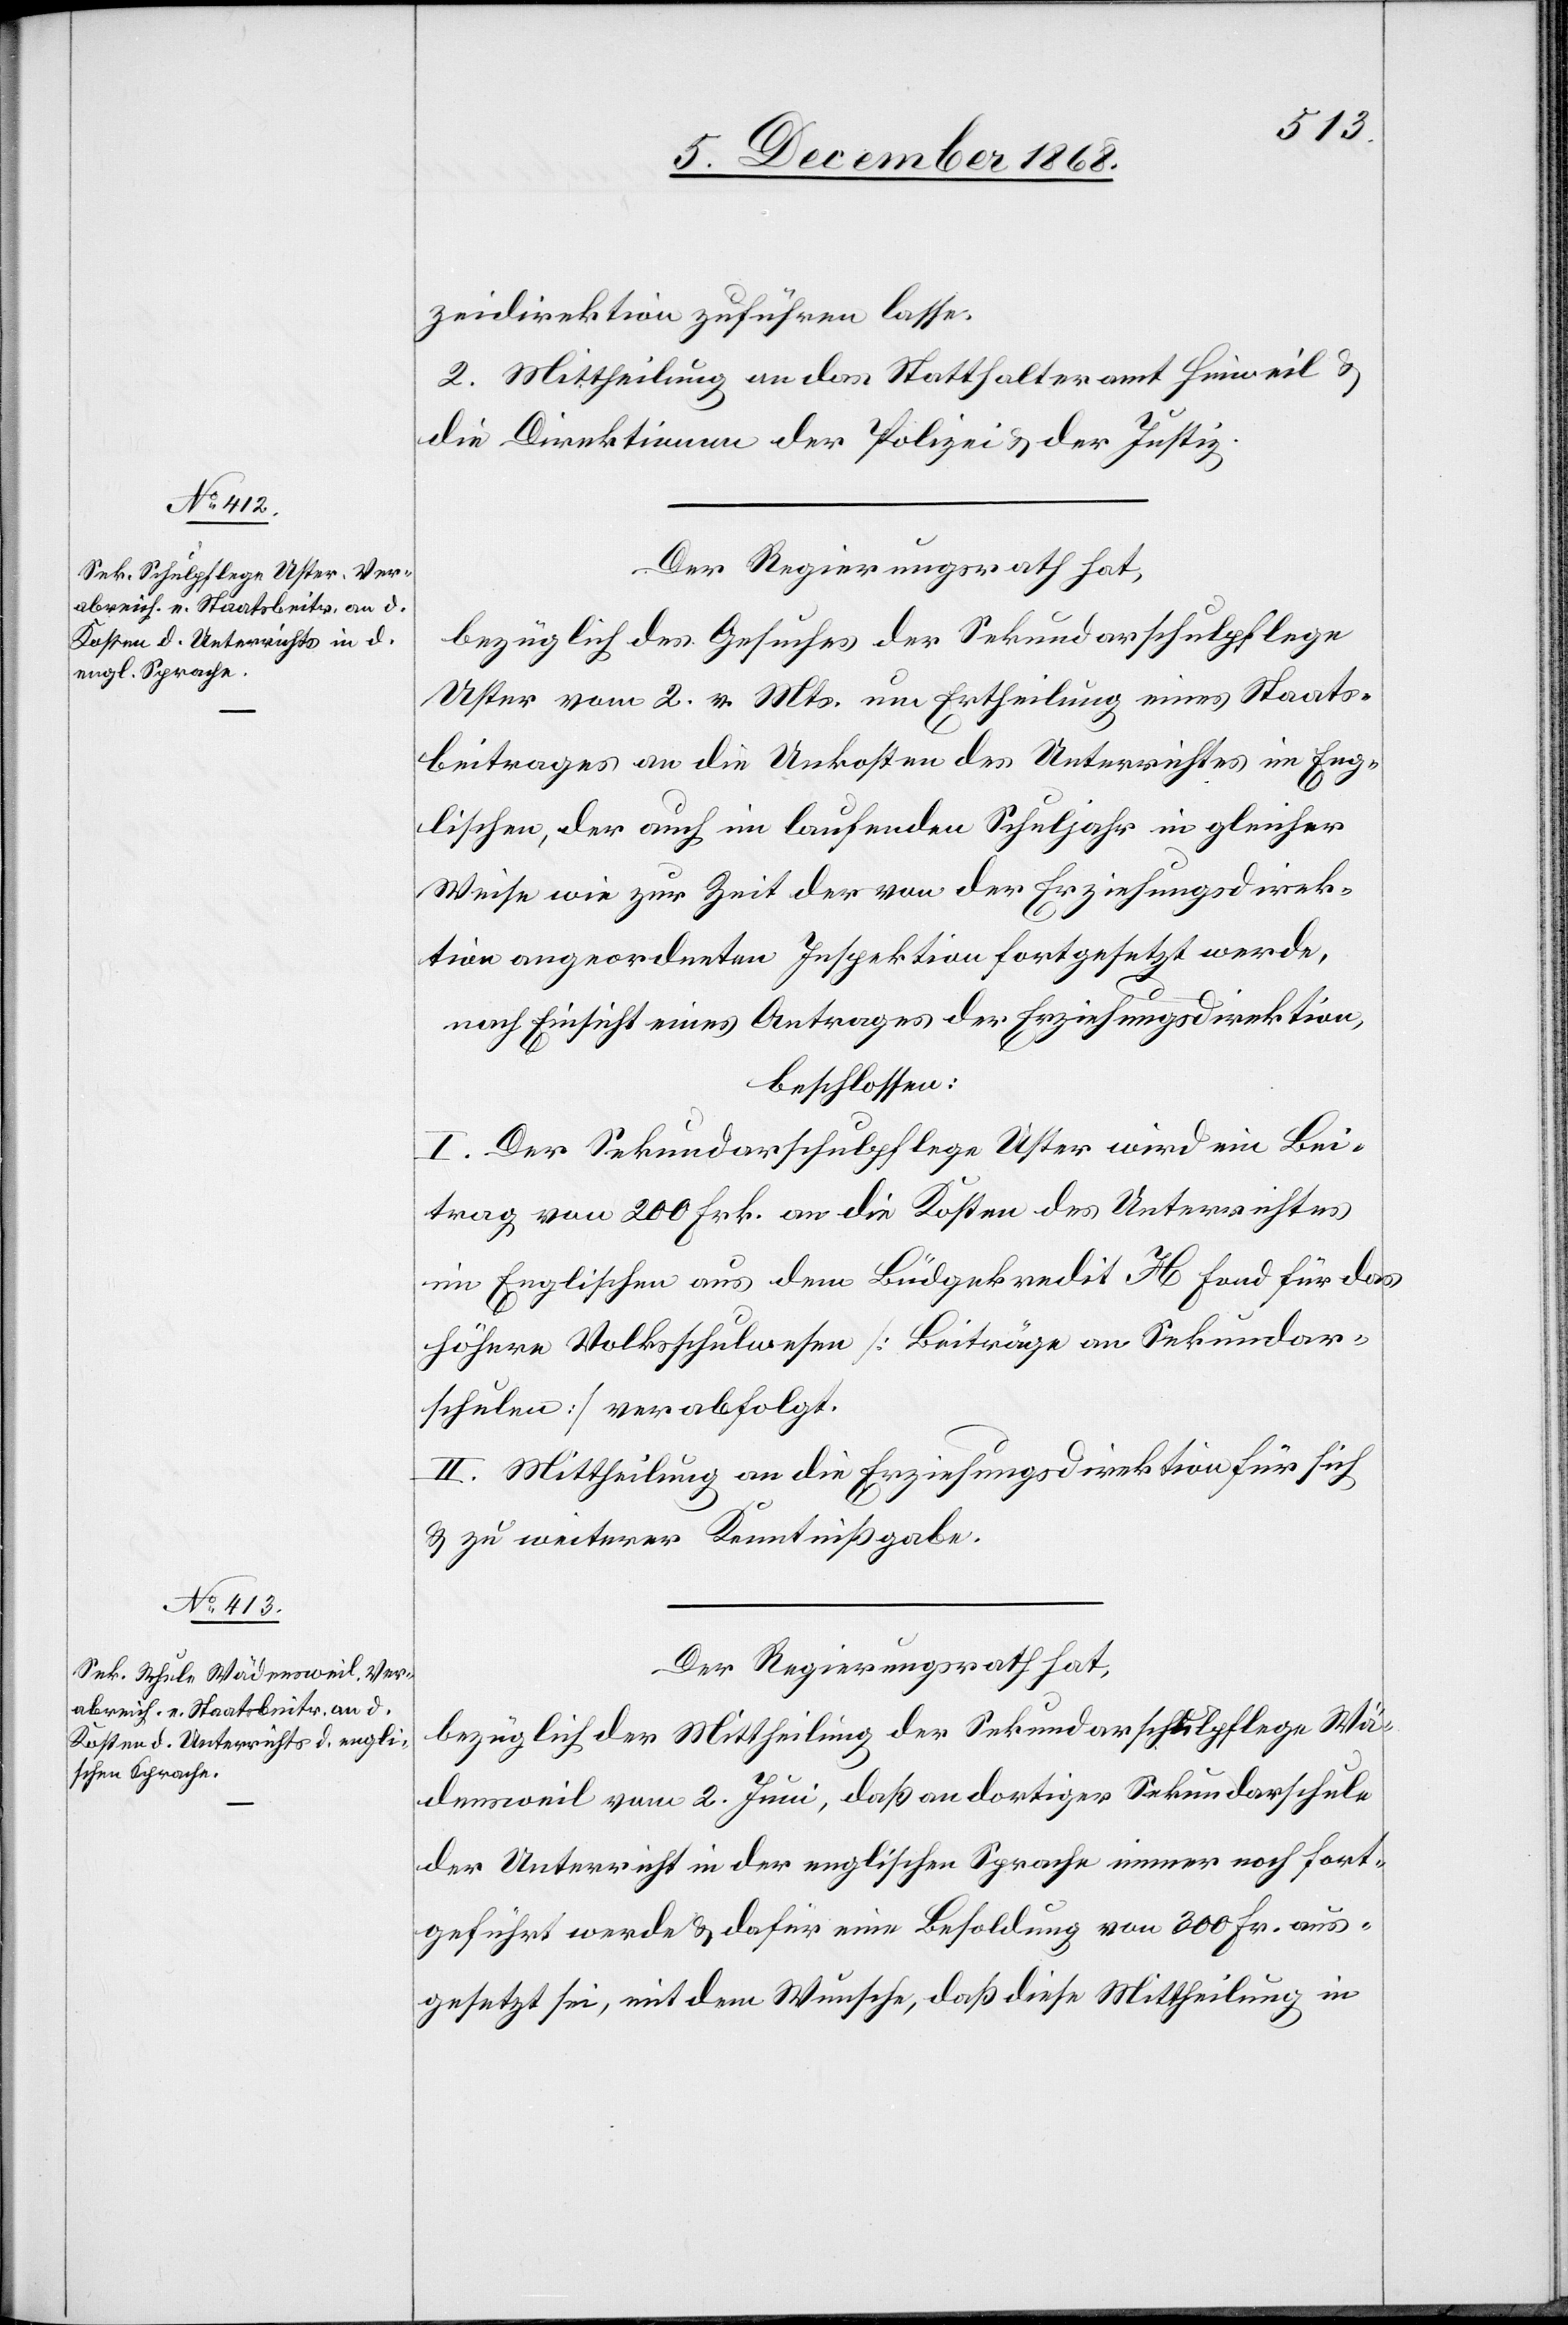
zeidirektion zuführen lasse.
2. Mittheilung an das Statthalteramt Hinweil &
die Direktionen der Polizei & der Justiz.
Der Regierungsrath hat,
bezüglich des Gesuches der Sekundarschulpflege
Uster vom 2. v. Mts. um Ertheilung eines Staats¬
beitrages an die Unkosten des Unterrichtes im Eng¬
lischen, der auch im laufenden Schuljahr in gleicher
Weise wie zur Zeit der von der Erziehungsdirek¬
tion angeordneten Inspektion fortgesetzt werde,
nach Einsicht eines Antrages der Erziehungsdirektion,
beschlossen:
I. Der Sekundarschulpflege Uster wird ein Bei¬
trag von 200 Frk. an die Kosten des Unterrichtes
im Englischen aus dem Büdge[t]kredit H Fond für das
höhere Volksschulwesen [Beiträge an Sekundar¬
schulen] verabfolgt.
II. Mittheilung an die Erziehungsdirektion für sich
& zu weiterer Kenntnißgabe.
Der Regierungsrath hat,
bezüglich der Mittheilung der Sekundarschulpflege Wä¬
densweil vom 2. Juni, daß an dortiger Sekundarschule
der Unterricht in der englischen Sprache immer noch fort¬
geführt werde & dafür eine Besoldung von 300 Frk. aus¬
gesetzt sei, mit dem Wunsche, daß diese Mittheilung in